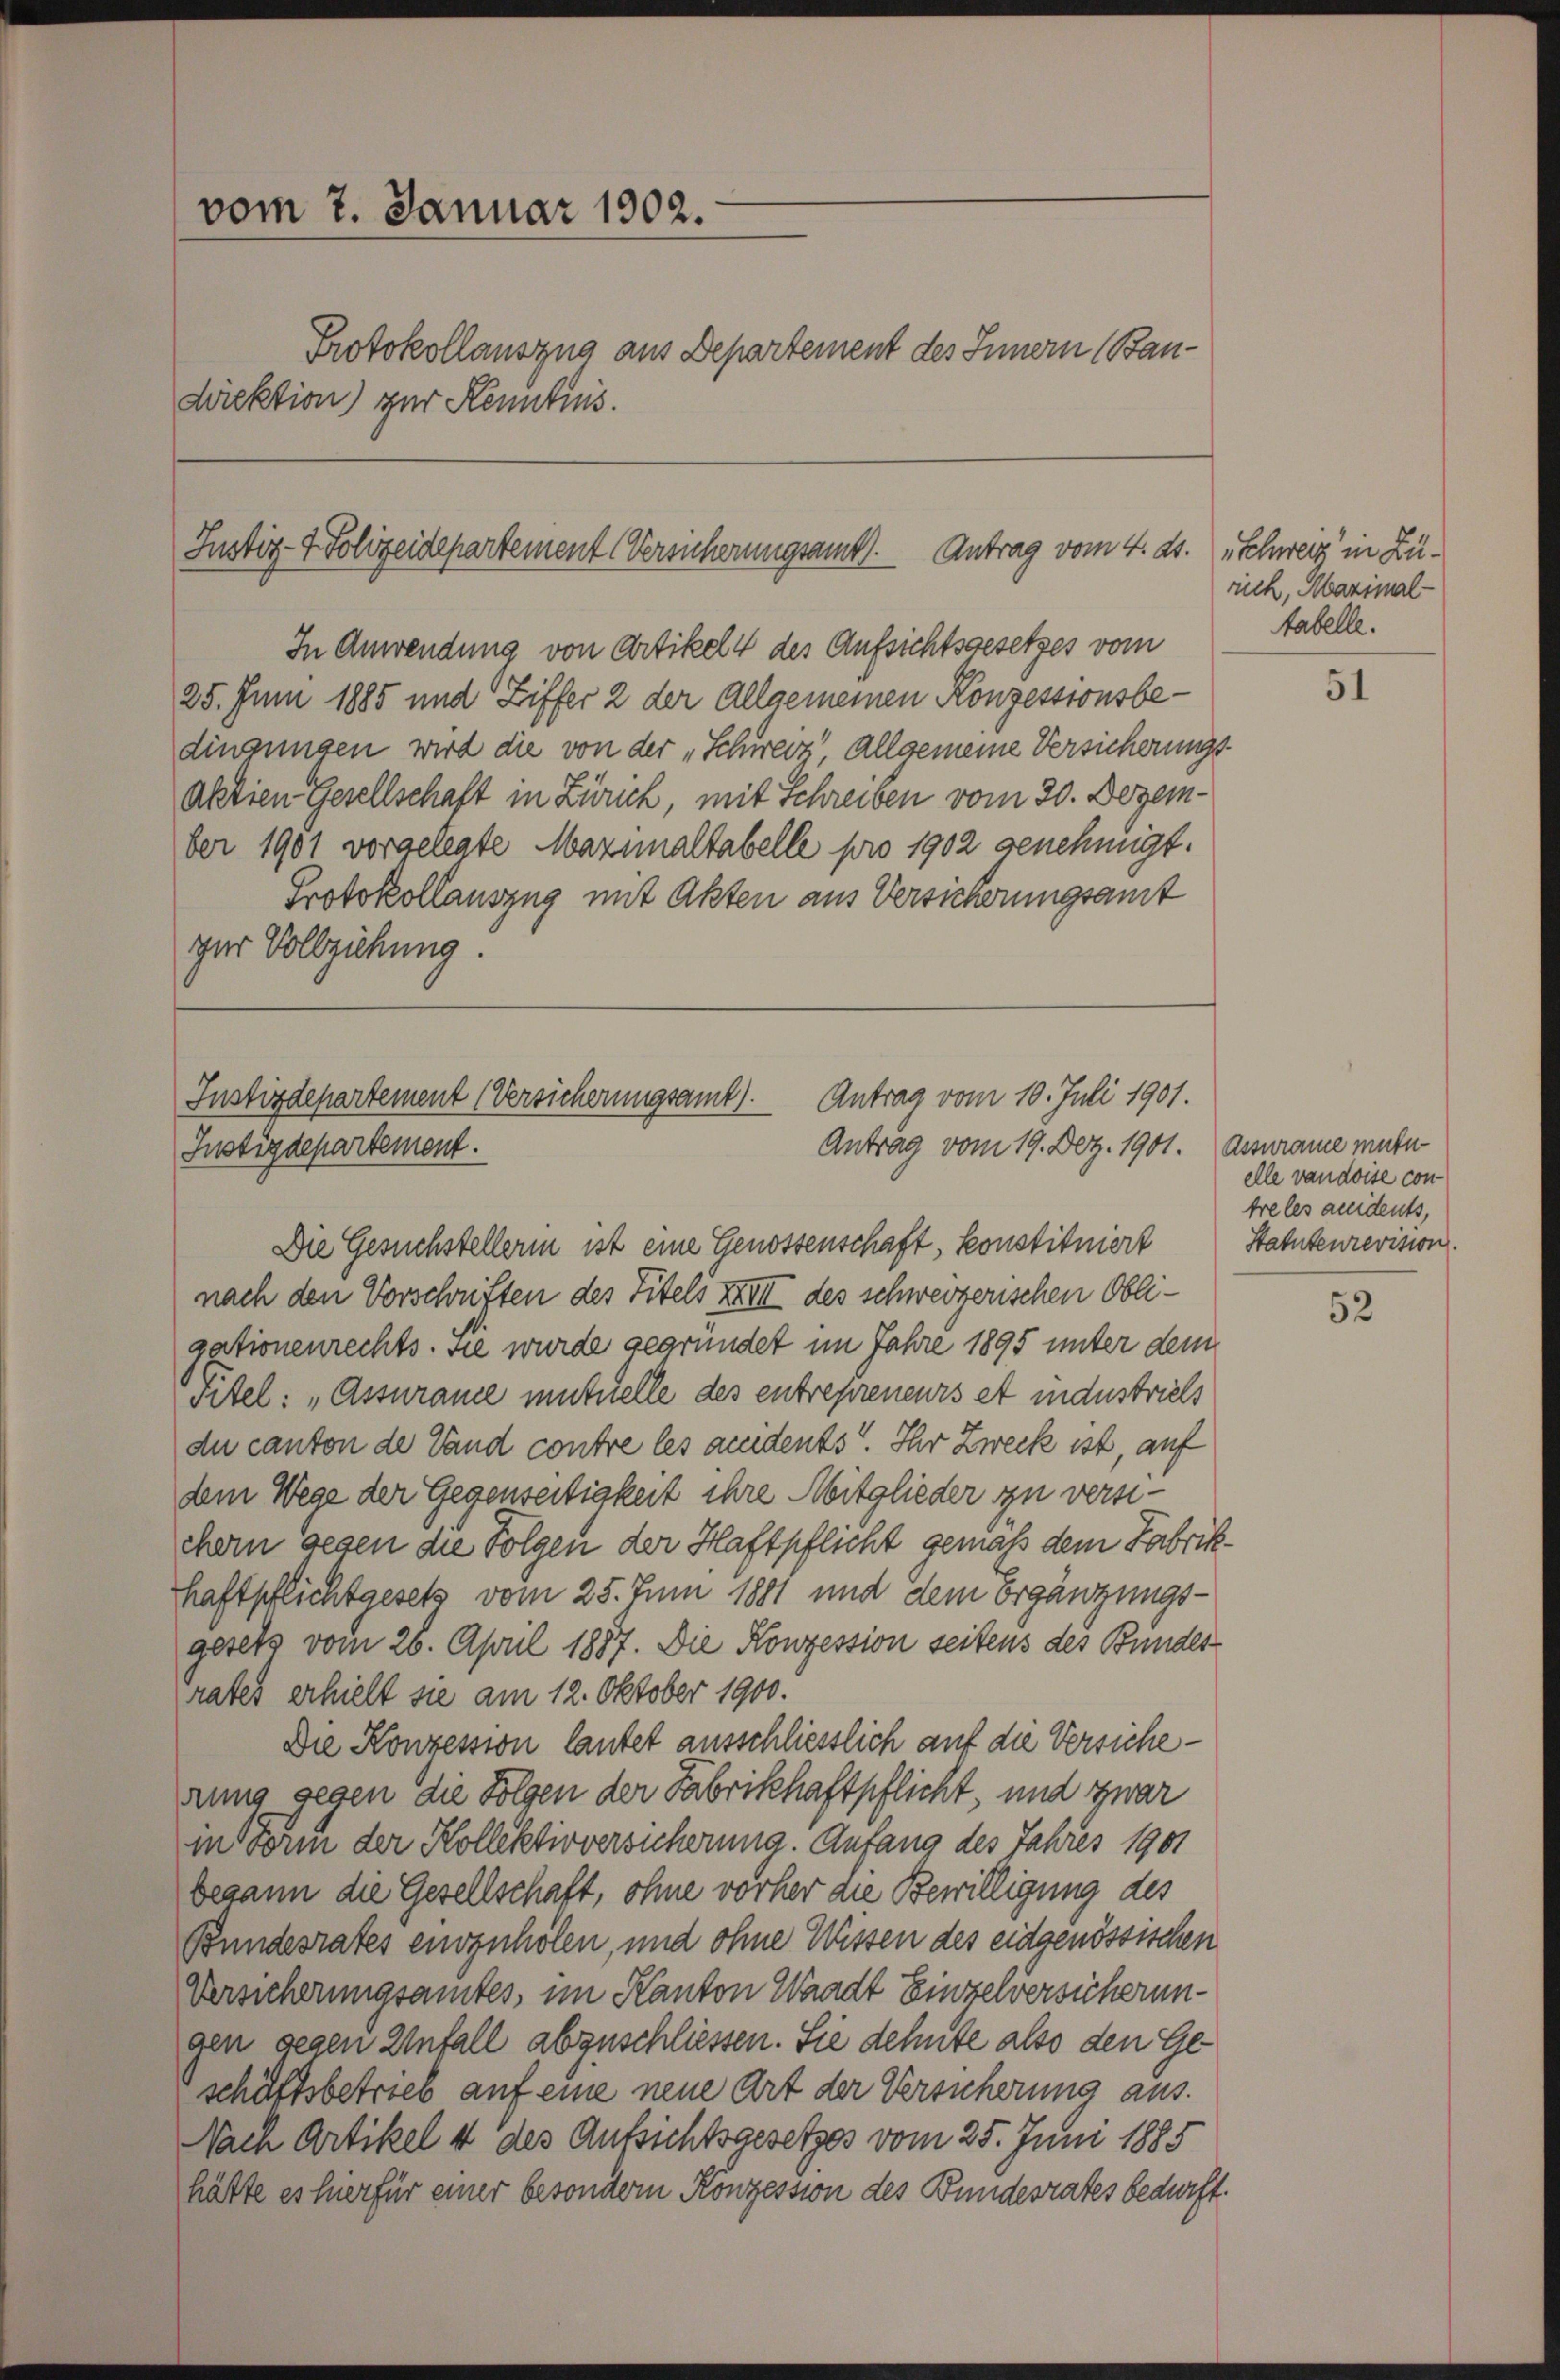
vom 7. Januar 1902.
Protokollauszug aus Departement des Innern (Bandirektion) zur Kenntnis.

Justiz- & Polizeidepartement (Versicherungsamt. Antrag vom 4. ds. Schweiz in Zü¬

In Anwendung von Artikeln des Aufsichtsgesetzes vom
25. Juni 1885 und Ziffer 2 der Allgemeinen Konzessionsbedingungen wird die von der „Schweiz, allgemeine Versicherungs-
Aktien Gesellschaft in Zürich, mit Schreiben vom 30. Dezember 1901 vorgelegte Mazinaltabelle pro 1902 genehmigt.
Protokollauszug mit Akten aus Versicherungsamt
ger Vollziehung.

Antrag vom 10. Juli 1901.
Justizdepartement (Versicherungsamt).
Antrag vom 19. Dez. 1901. Assurame muter
Instizdepartement.

Die Gesuchstellerin ist eine Genossenschaft, konstituiert
nach den Vorschriften des Titels XXXII des schweizerischen Obligationenrechts. Sie wurde gegründet im Jahre 1895 unter dem
vitel: „Assurame mutuelle des entrepreneurs et industriels
du canton de Land contre les andents. Ihr Zweck ist, auf
dem Wege der Gegenseitigkeit ihre Mitglieder zu versichern gegen die Folgen der Haftpflicht gemäß dem Fabrik¬
Haftpflichtgesetz vom 25. Juni 1881 und dem Ergänzungsgesetz vom 26. April 1887. Die Konzession seitens des Bundes
rates erhielt sie am 12. Oktober 1900.
Die Konzession lautet ausschliesslich auf die Versicherung gegen die Folgen der Fabrikhaftpflicht, und zwar
in Form der Kollektivversicherung. Anfang des Jahres 1901
begann die Gesellschaft, ohne vorher die Bewilligung des
Bundesrates envzuhölen, und ohne Wissen des eidgenössischen
Versicherungsamtes, im Kanton Waadt Einzelversicherungen gegen Unfall abzuschliessen. Sie dehnte also den Geschäftsbetrieb auf eine neue Art der Versicherung aus.
Nach Artikel 4 des Aufsichtsgesetzes vom 25. Juni 1885
hätte es hier für einer besondern Konzession des Bundesrates bedurft.

rich, Marimal-
tabelle.

51

elle vaudoise contre les andents,
Statutenrevision.

52